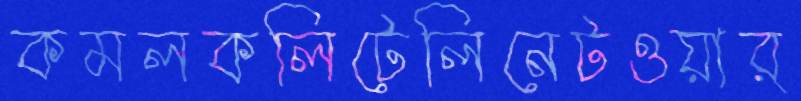
কমলকলিটেলিনেটওয়ার্